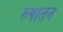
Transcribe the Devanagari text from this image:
रुपातन